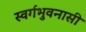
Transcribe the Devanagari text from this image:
स्वर्गभुवनासी